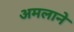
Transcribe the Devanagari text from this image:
अमलाने